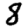
Digit: 8